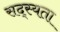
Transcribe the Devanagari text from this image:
सद्स्यता